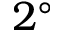
2 ^ { \circ }